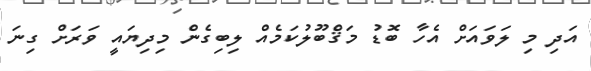
އަދި މި ލަވައަށް އެހާ ބޮޑު މަޤްބޫލުކަމެއް ލިބިގެން މިދިޔައީ ވަރަށް ގިނަ